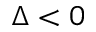
\Delta < 0